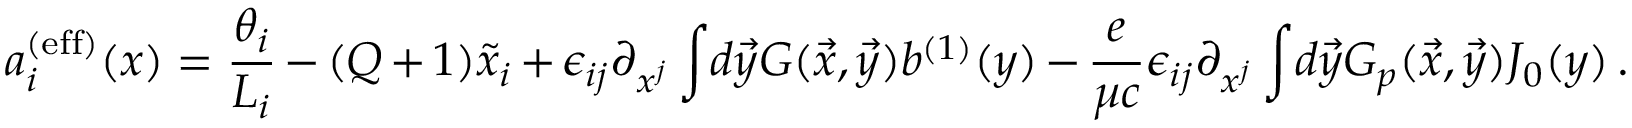
a _ { i } ^ { ( \mathrm { e f f } ) } ( x ) = { \frac { \theta _ { i } } { L _ { i } } } - ( Q + 1 ) \tilde { x } _ { i } + \epsilon _ { i j } \partial _ { x ^ { j } } \int \! d \vec { y } G ( \vec { x } , \vec { y } ) b ^ { ( 1 ) } ( y ) - { \frac { e } { \mu c } } \epsilon _ { i j } \partial _ { x ^ { j } } \int \! d \vec { y } G _ { p } ( \vec { x } , \vec { y } ) J _ { 0 } ( y ) \, .